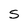
Character: S